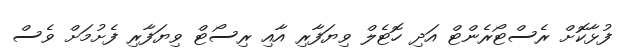
ފުޅާކޮށް ރެސްޓޯރެންޓް އަދި ހޮޓެލް ވިޔަފާރި އާއި ރިސޯޓް ވިޔަފާރި ފެށުމަށް ވެސް